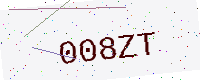
Text: 008ZT